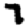
Digit: 7